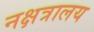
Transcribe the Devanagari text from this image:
नक्षत्रालय